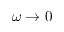
\omega \to 0